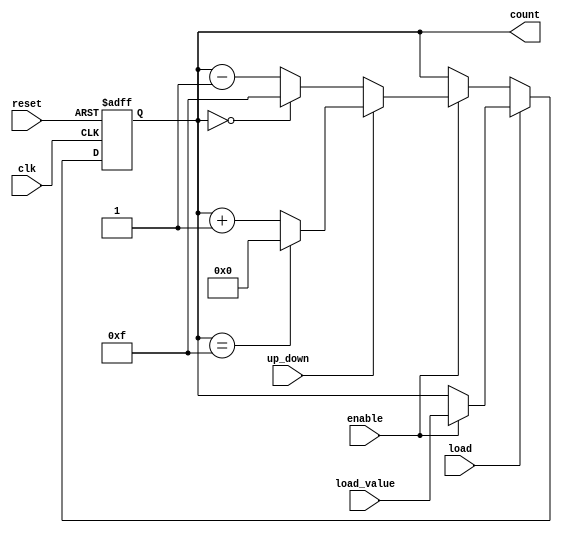
module SynchronousCounter #(
    parameter N = 4 // Bit width of the counter
)(
    input wire clk,          // Clock signal
    input wire reset,        // Asynchronous reset signal
    input wire enable,       // Enable signal for counting
    input wire load,         // Load signal for loading a value
    input wire up_down,      // Direction control: 1 for up, 0 for down
    input wire [N-1:0] load_value, // Value to load into the counter
    output reg [N-1:0] count // Current count value
);

    // Asynchronous reset
    always @(posedge clk or posedge reset) begin
        if (reset) begin
            count <= 0; // Reset count to 0
        end else if (load) begin
            if (enable) begin
                count <= load_value; // Load the specified value
            end
        end else if (enable) begin
            if (up_down) begin
                // Up counting
                if (count == (1 << N) - 1) begin
                    count <= 0; // Wrap around to 0 on overflow
                end else begin
                    count <= count + 1; // Increment count
                end
            end else begin
                // Down counting
                if (count == 0) begin
                    count <= (1 << N) - 1; // Wrap around to max value on underflow
                end else begin
                    count <= count - 1; // Decrement count
                end
            end
        end
    end

endmodule